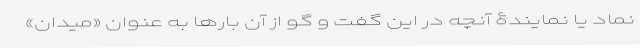
نماد یا نمایندۀ آنچه در این گفت و گو از آن بارها به عنوان «میدان»